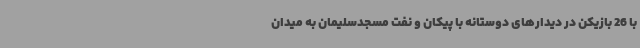
با 26 بازیکن در دیدارهای دوستانه با پیکان و نفت مسجدسلیمان به میدان